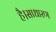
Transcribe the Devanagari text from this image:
है।साधारण